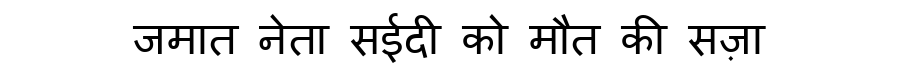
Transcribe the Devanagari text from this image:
जमात नेता सईदी को मौत की सज़ा